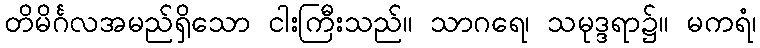
တိမိင်္ဂလအမည်ရှိသော ငါးကြီးသည်။ သာဂရေ၊ သမုဒ္ဒရာ၌။ မကရံ၊